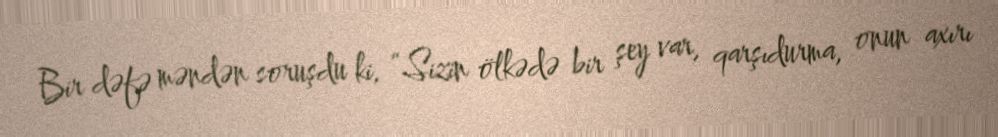
Bir dəfə məndən soruşdu ki, “Sizin ölkədə bir şey var, qarşıdurma, onun axırı